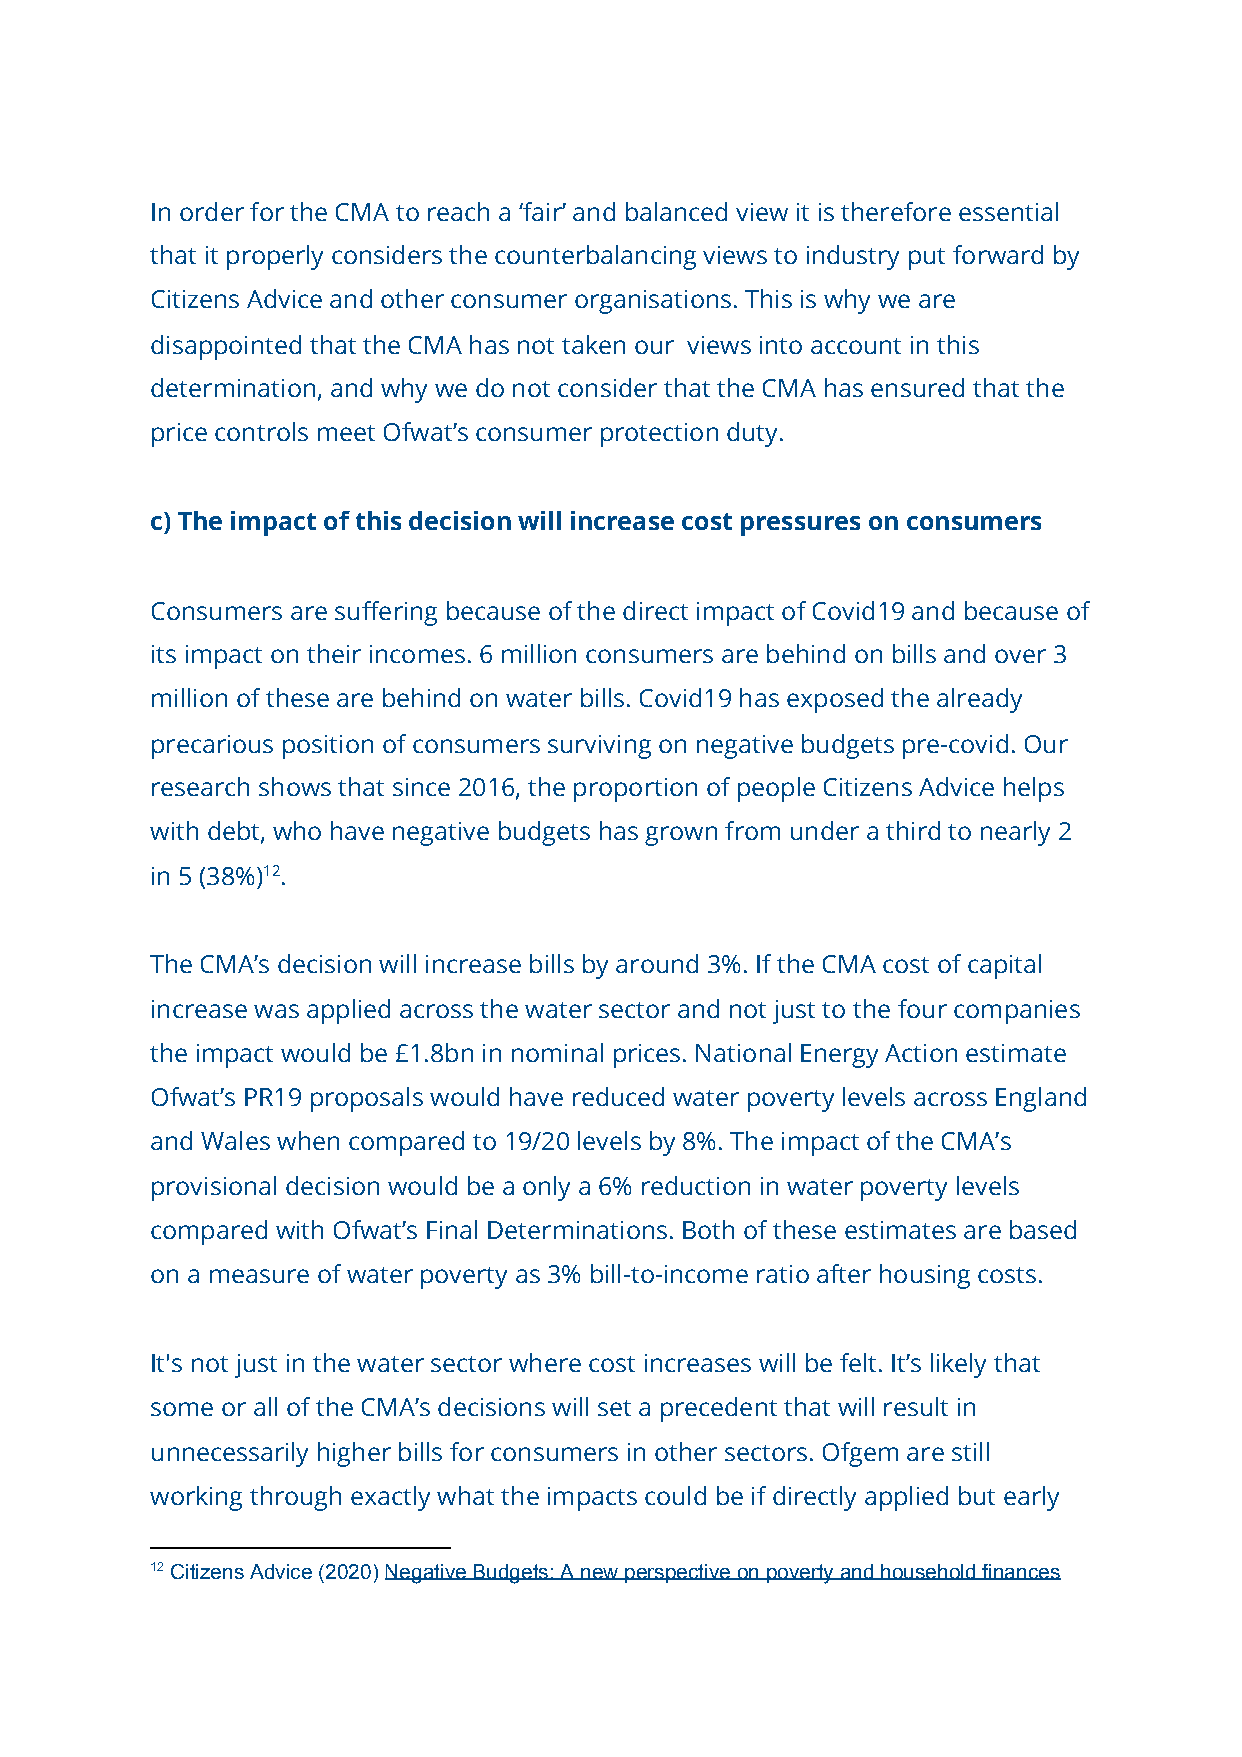
In order for the CMA to reach a ‘fair’ and balanced view it is therefore essential
 that it properly considers the counterbalancing views to industry put forward by
 Citizens Advice and other consumer organisations. This is why we are
 disappointed that the CMA has not taken our views into account in this
 determination, and why we do not consider that the CMA has ensured that the
 price controls meet Ofwat’s consumer protection duty.
 c) The impact of this decision will increase cost pressures on consumers
 Consumers are suffering because of the direct impact of Covid19 and because of
 its impact on their incomes. 6 million consumers are behind on bills and over 3
 million of these are behind on water bills. Covid19 has exposed the already
 precarious position of consumers surviving on negative budgets pre-covid. Our
 research shows that since 2016, the proportion of people Citizens Advice helps
 with debt, who have negative budgets has grown from under a third to nearly 2
 in 5 (38%)​12.​
 The CMA’s decision will increase bills by around 3%. If the CMA cost of capital
 increase was applied across the water sector and not just to the four companies
 the impact would be £1.8bn in nominal prices. National Energy Action estimate
 Ofwat’s PR19 proposals would have reduced water poverty levels across England
 and Wales when compared to 19/20 levels by 8%. The impact of the CMA’s
 provisional decision would be a only a 6% reduction in water poverty levels
 compared with Ofwat’s Final Determinations. Both of these estimates are based
 on a measure of water poverty as 3% bill-to-income ratio after housing costs.
 It's not just in the water sector where cost increases will be felt. It’s likely that
 some or all of the CMA’s decisions will set a precedent that will result in
 unnecessarily higher bills for consumers in other sectors. Ofgem are still
 working through exactly what the impacts could be if directly applied but early
 12 Citizens Advice (2020) Negative Budgets: A new perspective on poverty and household finances
 ​